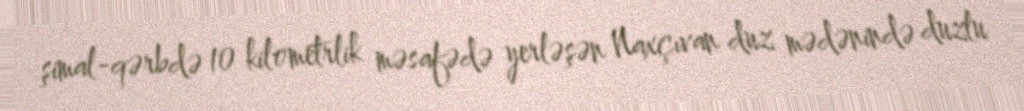
şimal-qərbdə 10 kilometrlik məsafədə yerləşən Naxçıvan duz mədənində duzlu